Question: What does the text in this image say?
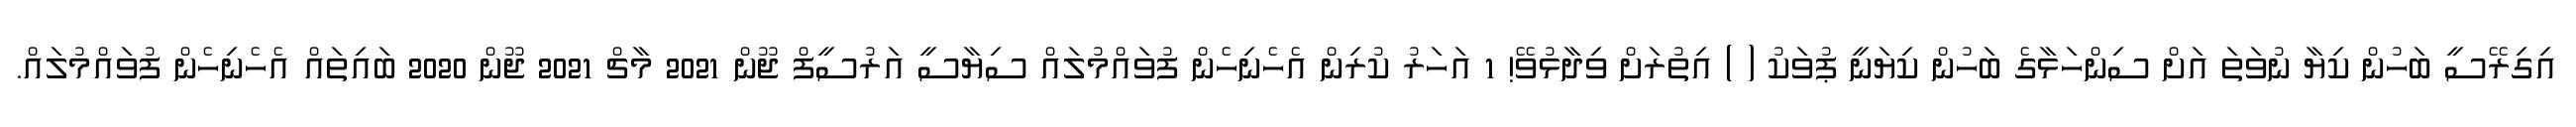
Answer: އިގިރޭސީ ބަހުން ކިޔާ ނުވަތަ އަށް ސިންހަޅާގެ ބަހުން ކިޔަނީ ޕުވަކު ( ) އިތުރަށް ވިދާޅުވޭ! 1 އަހަރު ކުރިން އެހެނިހެން ފުވައްމުލައް ސިޔާސީ އަރުސީފް ޖޫން 2021 މާޗް 2021 ޖޫން 2020 ބައިތައް އެހެނިހެން ފުވައްމުލައް.